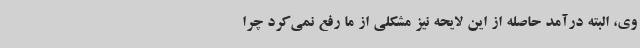
وی، البته درآمد حاصله از این لایحه نیز مشکلی از ما رفع نمی‌کرد چرا